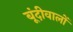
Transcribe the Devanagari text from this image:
बूंदीवालों